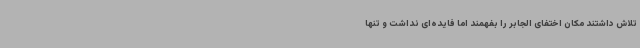
تلاش داشتند مکان اختفای الجابر را بفهمند اما فایده‌ای نداشت و تنها